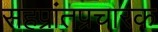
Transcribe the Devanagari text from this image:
सहप्रांतप्रचारक